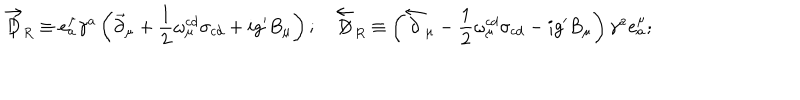
\overrightarrow { \not \! \! D } _ { R } \equiv e _ { a } ^ { \mu } \gamma ^ { a } \left( \vec { \partial } _ { \mu } + \frac { 1 } { 2 } \omega _ { \mu } ^ { c d } \sigma _ { c d } + i g ^ { \prime } B _ { \mu } \right) ; \quad \overleftarrow { \not \! \! D } _ { R } \equiv \left( \overleftarrow { \partial } _ { \mu } - \frac { 1 } { 2 } \omega _ { \mu } ^ { c d } \sigma _ { c d } - i g ^ { \prime } B _ { \mu } \right) \gamma ^ { a } e _ { a } ^ { \mu } ;